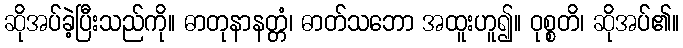
ဆိုအပ်ခဲ့ပြီးသည်ကို။ ဓာတုနာနတ္တံ၊ ဓာတ်သဘော အထူးဟူ၍။ ဝုစ္စတိ၊ ဆိုအပ်၏။